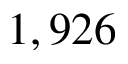
1 , 9 2 6